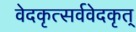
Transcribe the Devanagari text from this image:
वेदकृत्सर्ववेदकृत्